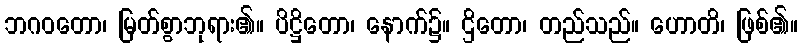
ဘဂဝတော၊ မြတ်စွာဘုရား၏။ ပိဋ္ဌိတော၊ နောက်၌။ ဌိတော၊ တည်သည်။ ဟောတိ၊ ဖြစ်၏။